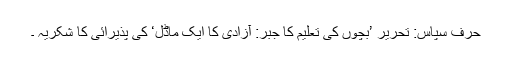
حرف سپاس: تحریر ’بچوں کی تعلیم کا جبر: آزادی کا ایک ماڈل‘ کی پذیرائی کا شکریہ ۔